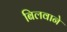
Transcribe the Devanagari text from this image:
बिलवाने